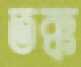
তক্ক